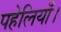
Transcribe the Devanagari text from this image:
पहेलियाँ।